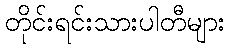
တိုင်းရင်းသားပါတီများ